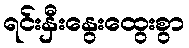
ရင်းနှီးနွေးထွေးစွာ